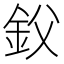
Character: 𰼢